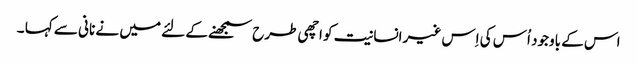
اس کے باوجود اُس کی اِس غیر انسانیت کو اچھی طرح سمجھنے کے لئے میں نے نانی سے کہا ۔